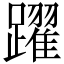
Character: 躍